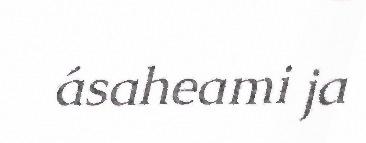
ásaheami ja